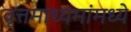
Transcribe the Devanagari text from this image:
वृत्तमाध्यमांमध्ये